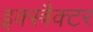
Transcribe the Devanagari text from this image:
इक्स्त्रैक्टर